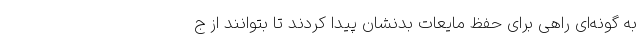
به گونه‌ای راهی برای حفظ مایعات بدنشان پیدا کردند تا بتوانند از ج